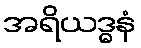
အရိယဒ္ဓနံ